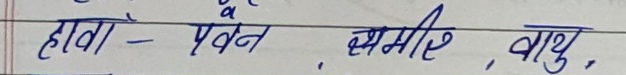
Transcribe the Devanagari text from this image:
हावा - पवन, समीर, वायु,